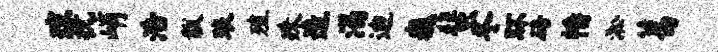
琼抗峭浩黻琅殖殊造渴迪巍蜚冬环碚幡淞葛